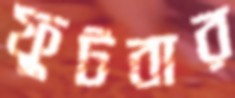
ফুটবার